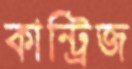
কান্ট্রিজ